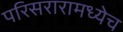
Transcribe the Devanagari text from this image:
परिसरारामध्येच